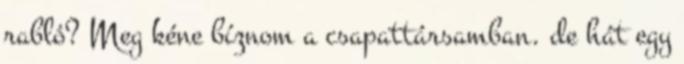
rabló? Meg kéne bíznom a csapattársamban. de hát egy